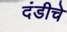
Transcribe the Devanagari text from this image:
दंडीचे